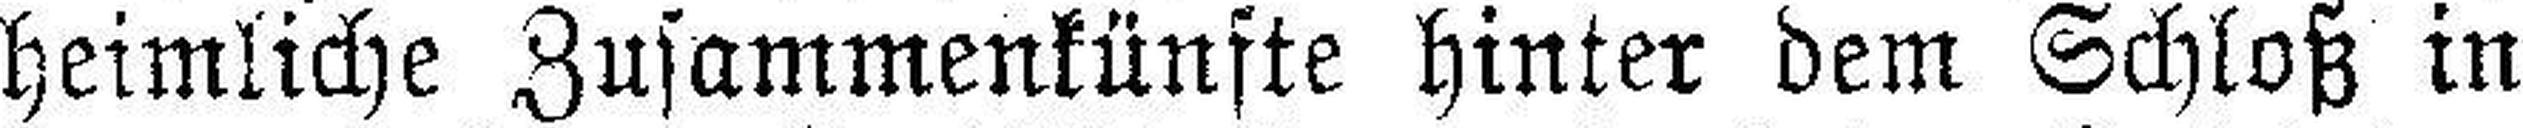
heimliche Zusammenkünfte hinter dem Schloß in